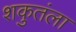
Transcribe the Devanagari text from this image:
शकुतंला